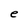
Character: e